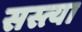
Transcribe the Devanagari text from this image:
सस्त्या